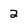
Character: 2